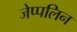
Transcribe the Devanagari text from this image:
जेप्पलिन